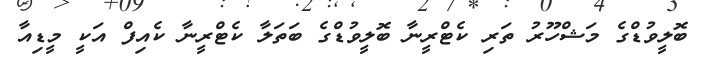
ބޮލީވުޑްގެ މަޝްހޫރު ތަރި ކެޓްރީނާ ބޮލީވުޑްގެ ބަތަލާ ކެޓްރީނާ ކެއިފް އަކީ މީޑިއާ